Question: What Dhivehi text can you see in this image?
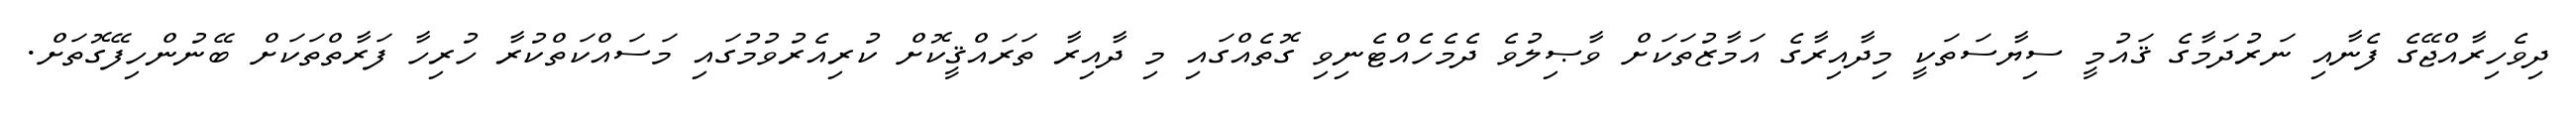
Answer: ދިވެހިރާއްޖޭގެ ފެނާއި ނަރުދަމާގެ ޤައުމީ ސިޔާސަތަކީ މިދާއިރާގެ އަމާޒުތަކަށް ވާޞިލުވެ ދެމެހެއްޓެނިވި ގޮތެއްގައި މި ދާއިރާ ތަރައްޤީކޮށް ކުރިއެރުވުމުގައި މަސައްކަތްކުރާ ހުރިހާ ފަރާތްތަކަށް ބޭނުންހިފޭގޮތަށް.